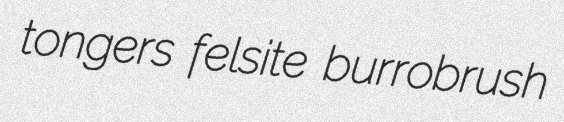
tongers felsite burrobrush